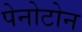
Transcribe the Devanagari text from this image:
पेनोटोन